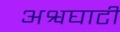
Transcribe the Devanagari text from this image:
अश्वघाटी